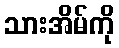
သားအိမ်ကို